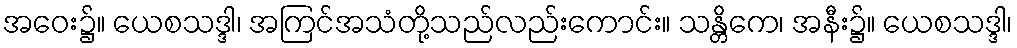
အဝေး၌။ ယေစသဒ္ဒါ၊ အကြင်အသံတို့သည်လည်းကောင်း။ သန္တိကေ၊ အနီး၌။ ယေစသဒ္ဒါ၊